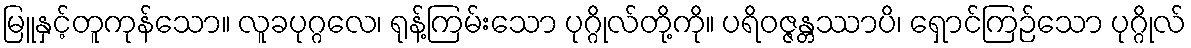
မြူနှင့်တူကုန်သော။ လူခပုဂ္ဂလေ၊ ရုန့်ကြမ်းသော ပုဂ္ဂိုလ်တို့ကို။ ပရိဝဇ္ဇန္တဿာပိ၊ ရှောင်ကြဉ်သော ပုဂ္ဂိုလ်